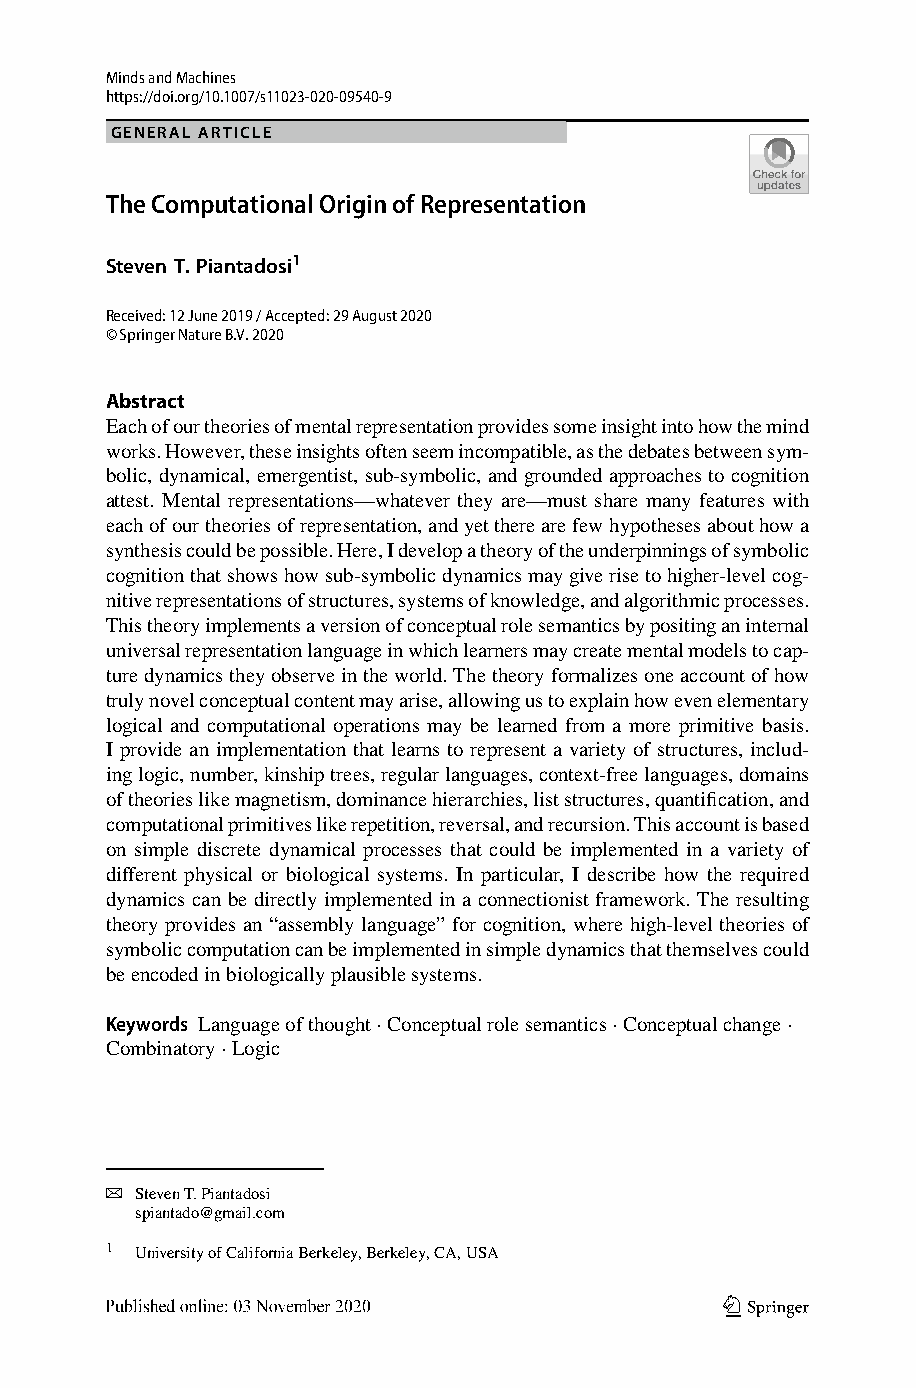
MindsandMachines
 https://doi.org/10.1007/s11023-020-09540-9
 GENERAL ARTICLE
 TheComputationalOriginofRepresentation
 Steven T. Piantadosi1
 Received:12June2019/Accepted:29August2020
 ©SpringerNatureB.V.2020
 Abstract
 Eachofourtheoriesofmentalrepresentationprovidessomeinsightintohowthemind
 works.However,theseinsightsoftenseemincompatible,asthedebatesbetweensym-
 bolic,dynamical,emergentist,sub-symbolic,andgroundedapproachestocognition
 attest. Mental representations—whatever they are—must share many features with
 eachofourtheoriesofrepresentation,andyettherearefewhypothesesabouthowa
 synthesiscouldbepossible.Here,Idevelopatheoryoftheunderpinningsofsymbolic
 cognitionthatshowshowsub-symbolicdynamicsmaygiverisetohigher-levelcog-
 nitiverepresentationsofstructures,systemsofknowledge,andalgorithmicprocesses.
 Thistheoryimplementsaversionofconceptualrolesemanticsbypositinganinternal
 universalrepresentationlanguageinwhichlearnersmaycreatementalmodelstocap-
 turedynamicstheyobserveintheworld.Thetheoryformalizesoneaccountofhow
 trulynovelconceptualcontentmayarise,allowingustoexplainhowevenelementary
 logical and computational operations may be learned from a more primitive basis.
 I provide an implementation that learns to represent a variety of structures, includ-
 inglogic,number,kinshiptrees,regularlanguages,context-freelanguages,domains
 oftheorieslikemagnetism,dominancehierarchies,liststructures,quantification,and
 computationalprimitiveslikerepetition,reversal,andrecursion.Thisaccountisbased
 on simple discrete dynamical processes that could be implemented in a variety of
 different physical or biological systems. In particular, I describe how the required
 dynamics can be directly implemented in a connectionist framework. The resulting
 theory provides an “assembly language” for cognition, where high-level theories of
 symboliccomputationcanbeimplementedinsimpledynamicsthatthemselvescould
 beencodedinbiologicallyplausiblesystems.
 Keywords Languageofthought·Conceptualrolesemantics·Conceptualchange·
 Combinatory·Logic
 B
 StevenT.Piantadosi
 spiantado@gmail.com
 1 UniversityofCaliforniaBerkeley,Berkeley,CA,USA
 123